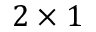
2 \times 1